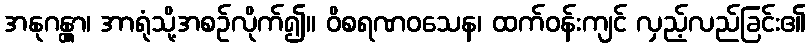
အနုဂန္တွာ၊ အာရုံသို့အစဉ်လိုက်၍။ ဝိစရဏဝသေန၊ ထက်ဝန်းကျင် လှည့်လည်ခြင်း၏